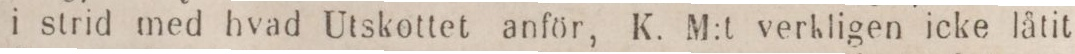
i strid med hvad Utskottet anför, K. M:t verkligen icke låtit